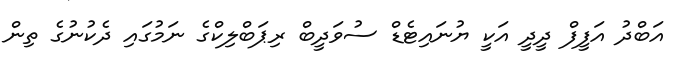
އަބްދު އަފީފް ދީދީ އަކީ ޔުނައިޓެޑް ސުވަދީބް ރިޕަބްލިކްގެ ނަމުގައި ދެކުނުގެ ތިން